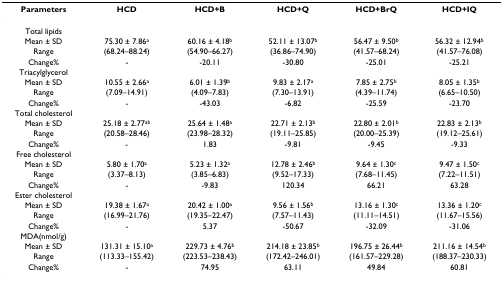
<table><thead><tr><td><b>Parameters</b></td><td><b>HCD</b></td><td><b>HCD+B</b></td><td><b>HCD+Q</b></td><td><b>HCD+BrQ</b></td><td><b>HCD+IQ</b></td></tr></thead><tbody><tr><td>Total lipids</td><td></td><td></td><td></td><td></td><td></td></tr><tr><td>Mean ± SD</td><td>75.30 ± 7.86<sup>a</sup></td><td>60.16 ± 4.18<sup>b</sup></td><td>52.11 ± 13.07<sup>b</sup></td><td>56.47 ± 9.50<sup>b</sup></td><td>56.32 ± 12.94<sup>b</sup></td></tr><tr><td>Range</td><td>(68.24–88.24)</td><td>(54.90–66.27)</td><td>(36.86–74.90)</td><td>(41.57–68.24)</td><td>(41.57–76.08)</td></tr><tr><td>Change%</td><td>-</td><td>-20.11</td><td>-30.80</td><td>-25.01</td><td>-25.21</td></tr><tr><td>Triacylglycerol</td><td></td><td></td><td></td><td></td><td></td></tr><tr><td>Mean ± SD</td><td>10.55 ± 2.66<sup>a</sup></td><td>6.01 ± 1.39<sup>b</sup></td><td>9.83 ± 2.17<sup>a</sup></td><td>7.85 ± 2.75<sup>b</sup></td><td>8.05 ± 1.35<sup>b</sup></td></tr><tr><td>Range</td><td>(7.09–14.91)</td><td>(4.09–7.83)</td><td>(7.30–13.91)</td><td>(4.39–11.74)</td><td>(6.65–10.50)</td></tr><tr><td>Change%</td><td>-</td><td>-43.03</td><td>-6.82</td><td>-25.59</td><td>-23.70</td></tr><tr><td>Total cholesterol</td><td></td><td></td><td></td><td></td><td></td></tr><tr><td>Mean ± SD</td><td>25.18 ± 2.77<sup>ab</sup></td><td>25.64 ± 1.48<sup>a</sup></td><td>22.71 ± 2.13<sup>b</sup></td><td>22.80 ± 2.01<sup>b</sup></td><td>22.83 ± 2.13<sup>b</sup></td></tr><tr><td>Range</td><td>(20.58–28.46)</td><td>(23.98–28.32)</td><td>(19.11–25.85)</td><td>(20.00–25.39)</td><td>(19.12–25.61)</td></tr><tr><td>Change%</td><td>-</td><td>1.83</td><td>-9.81</td><td>-9.45</td><td>-9.33</td></tr><tr><td>Free cholesterol</td><td></td><td></td><td></td><td></td><td></td></tr><tr><td>Mean ± SD</td><td>5.80 ± 1.70<sup>a</sup></td><td>5.23 ± 1.32<sup>a</sup></td><td>12.78 ± 2.46<sup>b</sup></td><td>9.64 ± 1.30<sup>c</sup></td><td>9.47 ± 1.50<sup>c</sup></td></tr><tr><td>Range</td><td>(3.37–8.13)</td><td>(3.85–6.83)</td><td>(9.52–17.33)</td><td>(7.68–11.45)</td><td>(7.22–11.51)</td></tr><tr><td>Change%</td><td>-</td><td>-9.83</td><td>120.34</td><td>66.21</td><td>63.28</td></tr><tr><td>Ester cholesterol</td><td></td><td></td><td></td><td></td><td></td></tr><tr><td>Mean ± SD</td><td>19.38 ± 1.67<sup>a</sup></td><td>20.42 ± 1.00<sup>a</sup></td><td>9.56 ± 1.56<sup>b</sup></td><td>13.16 ± 1.30<sup>c</sup></td><td>13.36 ± 1.20<sup>c</sup></td></tr><tr><td>Range</td><td>(16.99–21.76)</td><td>(19.35–22.47)</td><td>(7.57–11.43)</td><td>(11.11–14.51)</td><td>(11.67–15.56)</td></tr><tr><td>Change%</td><td>-</td><td>5.37</td><td>-50.67</td><td>-32.09</td><td>-31.06</td></tr><tr><td>MDA(nmol/g)</td><td></td><td></td><td></td><td></td><td></td></tr><tr><td>Mean ± SD</td><td>131.31 ± 15.10<sup>a</sup></td><td>229.73 ± 4.76<sup>b</sup></td><td>214.18 ± 23.85<sup>b</sup></td><td>196.75 ± 26.44<sup>b</sup></td><td>211.16 ± 14.54<sup>b</sup></td></tr><tr><td>Range</td><td>(113.33–155.42)</td><td>(223.53–238.43)</td><td>(172.42–246.01)</td><td>(161.57–229.28)</td><td>(188.37–230.33)</td></tr><tr><td>Change%</td><td>-</td><td>74.95</td><td>63.11</td><td>49.84</td><td>60.81</td></tr></tbody></table>